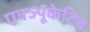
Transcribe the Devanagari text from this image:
एक्ज्यूकेटिव